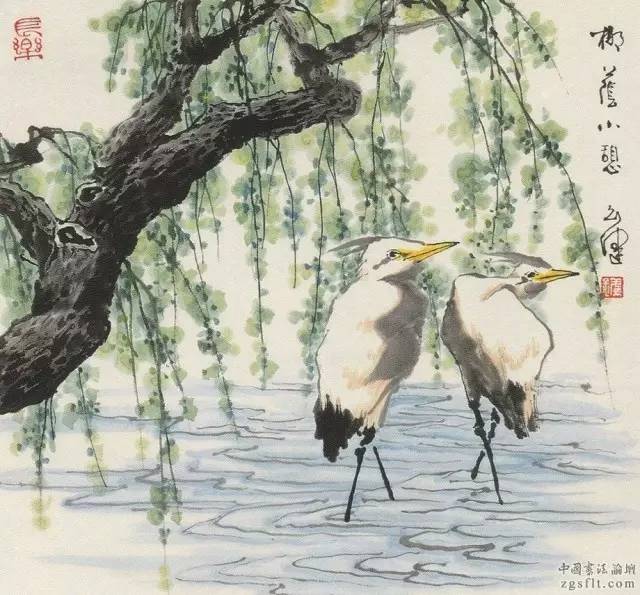
一生大笑能几回，斗酒相逢须醉倒。